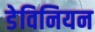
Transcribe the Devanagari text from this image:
डेविनियन